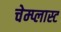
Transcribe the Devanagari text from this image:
चेम्प्लास्ट